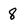
Character: 8